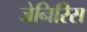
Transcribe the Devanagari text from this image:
जेनिरिस